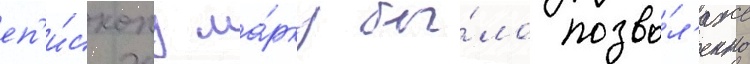
еп'и́скопу ма́рку бы́ло позво́л'ено